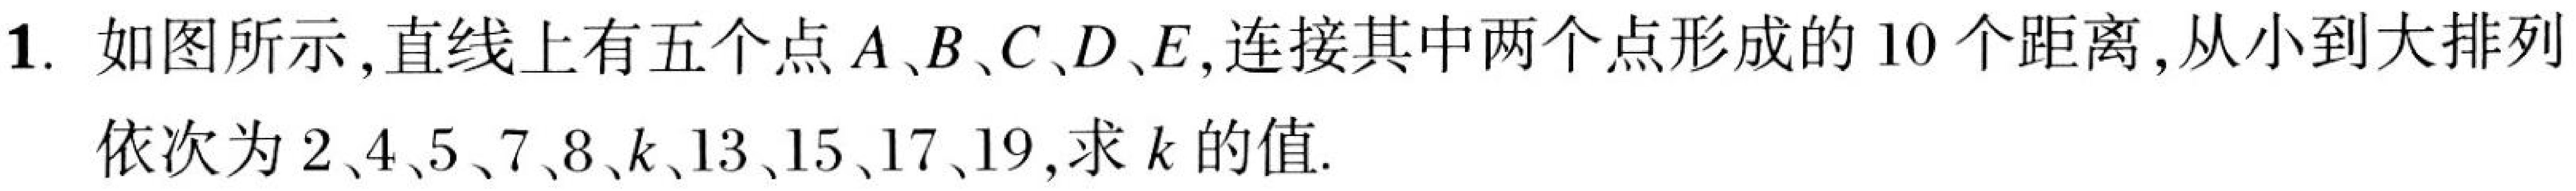
1. 如图所示,直线上有五个点\(A、B、C、D、E\),连接其中两个点形成的\(10\)个距离,从小到大排列
依次为\(2、4、5、7、8、k、13、15、17、19\),求\(k\)的值.